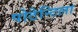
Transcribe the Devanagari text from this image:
पोटेन्टिला